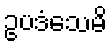
ဥပဒံသေမိ